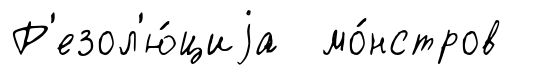
Р'езол'ю́циjа мо́нстров